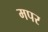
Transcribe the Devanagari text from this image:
मपर